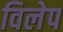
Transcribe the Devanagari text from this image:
विलेप